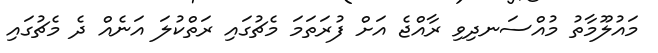
މައުލޫމާތު މުއްސަނދިވި ރާއްޖެ އަށް ފުރަތަމަ މެޗުގައި ރަތްކުލަ އަނެއް ދެ މެޗުގައި